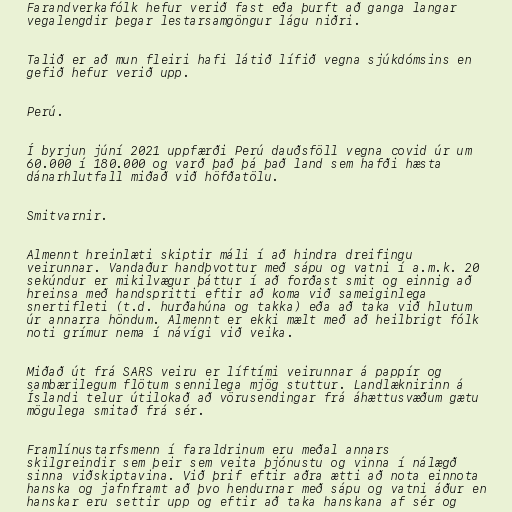
Farandverkafólk hefur verið fast eða þurft að ganga langar
vegalengdir þegar lestarsamgöngur lágu niðri.

Talið er að mun fleiri hafi látið lífið vegna sjúkdómsins en
gefið hefur verið upp.

Perú.

Í byrjun júní 2021 uppfærði Perú dauðsföll vegna covid úr um
60.000 í 180.000 og varð það þá það land sem hafði hæsta
dánarhlutfall miðað við höfðatölu.

Smitvarnir.

Almennt hreinlæti skiptir máli í að hindra dreifingu
veirunnar. Vandaður handþvottur með sápu og vatni í a.m.k. 20
sekúndur er mikilvægur þáttur í að forðast smit og einnig að
hreinsa með handspritti eftir að koma við sameiginlega
snertifleti (t.d. hurðahúna og takka) eða að taka við hlutum
úr annarra höndum. Almennt er ekki mælt með að heilbrigt fólk
noti grímur nema í návígi við veika.

Miðað út frá SARS veiru er líftími veirunnar á pappír og
sambærilegum flötum sennilega mjög stuttur. Landlæknirinn á
Íslandi telur útilokað að vörusendingar frá áhættusvæðum gætu
mögulega smitað frá sér.

Framlínustarfsmenn í faraldrinum eru meðal annars
skilgreindir sem þeir sem veita þjónustu og vinna í nálægð
sinna viðskiptavina. Við þrif eftir aðra ætti að nota einnota
hanska og jafnframt að þvo hendurnar með sápu og vatni áður en
hanskar eru settir upp og eftir að taka hanskana af sér og